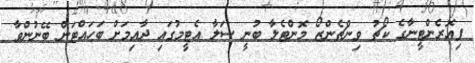
ފިއޮރެންޓީނާގެ ކޯޗު ވިންޗެންޒޯ މޮންޓެލާ ބުނީ ސަލާ އެޓީމުގައި ދާއިމަށް ބަހައްޓަން ބޭނުންވާ